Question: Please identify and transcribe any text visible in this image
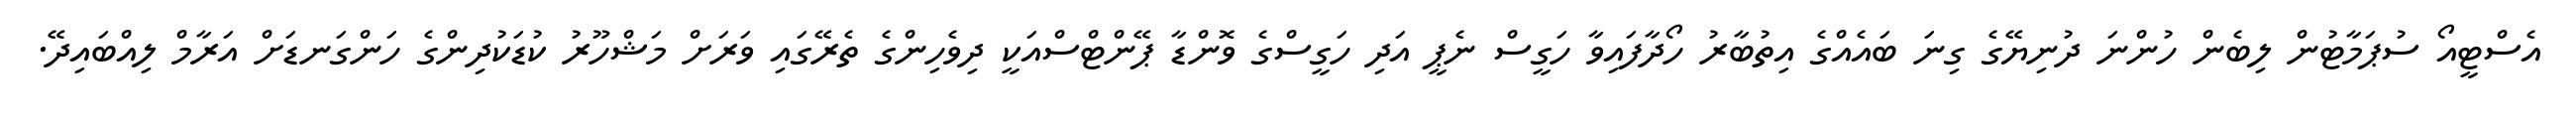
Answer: އެސްޓީއޯ ސުޕަމާޓުން ލިބެން ހުންނަ ދުނިޔޭގެ ގިނަ ބައެއްގެ އިތުބާރު ހޯދާފައިވާ ހަގީސް ނެޕީ އަދި ހަގީސްގެ ވޮންޑާ ޕޭންޓްސްއަކީ ދިވެހިންގެ ތެރޭގައި ވަރަށް މަޝްހޫރު ކުޑަކުދިންގެ ހަންގަނޑަށް އަރާމް ލިއްބައިދޭ.